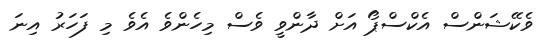
ވެކޭޝަންސް އެކްސްޕޯ އަށް ދާންވީ ވެސް މިހެންވެ އެވެ މި ފަހަރު އިނަ